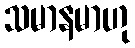
သမာနမာဟု